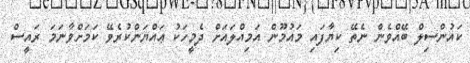
ކައުންސިލް ބޭއްވެން ނެތޭ ކިޔާފައި މައުމޫން އަމިއްލައަށް ދެމީހަކު ޢައްޔަންކުރެވޭ ކަމަށްވާނަމަ ރައީސް